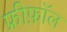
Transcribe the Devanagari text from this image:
फ्रीफ़ॉल